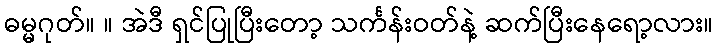
ဓမ္မဂုတ်။ ။ အဲဒီ ရှင်ပြုပြီးတော့ သင်္ကန်းဝတ်နဲ့ ဆက်ပြီးနေရော့လား။